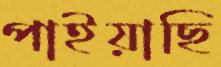
পাইয়াছি